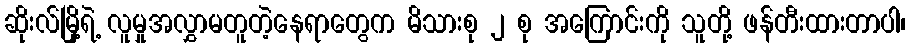
ဆိုးလ်မြို့ရဲ့ လူမှုအလွှာမတူတဲ့နေရာတွေက မိသားစု ၂ စု အကြောင်းကို သူတို့ ဖန်တီးထားတာပါ၊